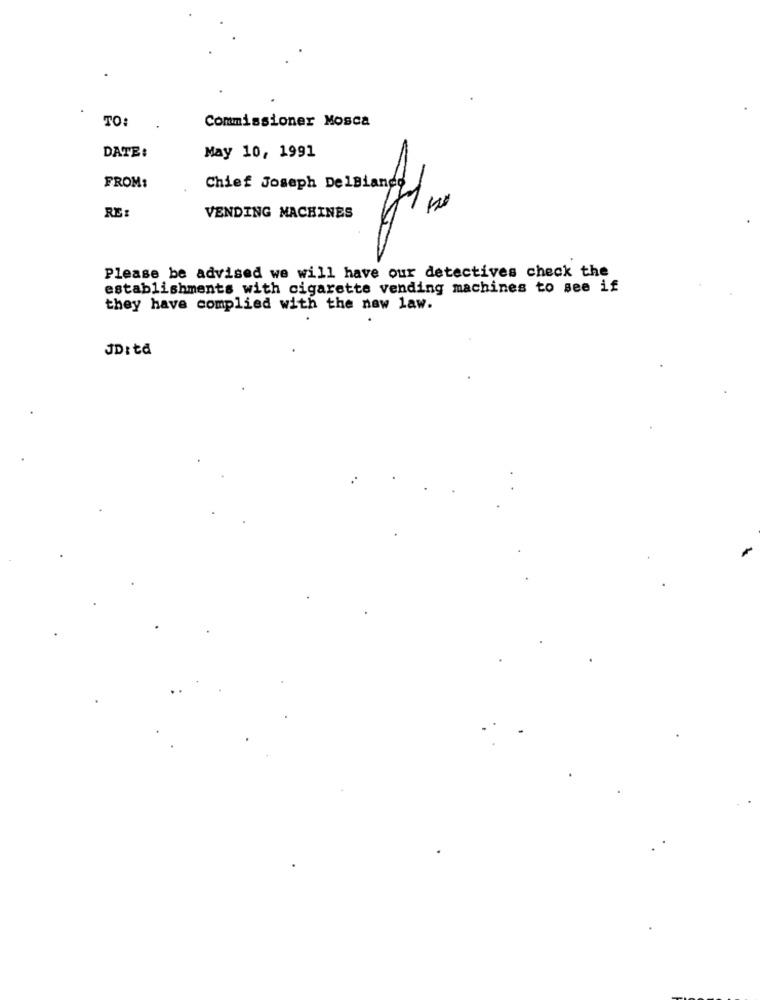
TO:
Commissioner Mosca
DATE:
May 10, 1991
FROM:
Chief Joseph DelBianco
RE:
VENDING MACHINES
Please be advised we will have our detectives check the
establishments with cigarette vending machines to see if
they have complied with the new law.
JD: ta